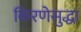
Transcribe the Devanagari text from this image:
किरणेसुद्धा